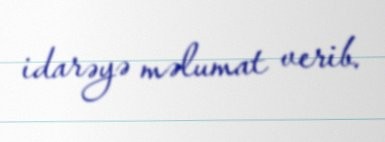
idarəyə məlumat verib.